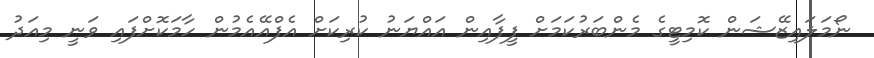
ނޯމަލައިޒޭޝަން ކޮމިޓީގެ މެންބަރުކަމަށް ފީފާއިން އައްޔަނު ކުރިކަށް އެފްއޭއެމުން ހާމަކޮށްފައި ވަނީ މިއަދު